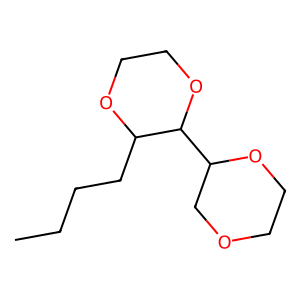
SMILES: CCCCC1OCCOC1C1COCCO1
Inhibits HIV replication: No